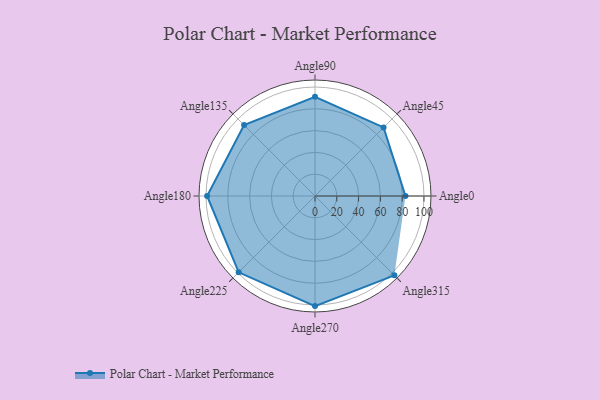
{"axis": {"x": "Angle", "y": "Radius"}, "legend": [""], "data": [{"x": "Angle0", "y": 83.0, "type": ""}, {"x": "Angle45", "y": 89.0, "type": ""}, {"x": "Angle90", "y": 91.0, "type": ""}, {"x": "Angle135", "y": 92.0, "type": ""}, {"x": "Angle180", "y": 99.0, "type": ""}, {"x": "Angle225", "y": 99.0, "type": ""}, {"x": "Angle270", "y": 101.0, "type": ""}, {"x": "Angle315", "y": 103.0, "type": ""}]}